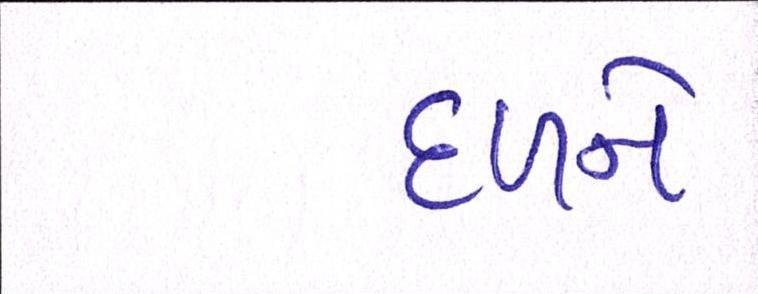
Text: દળને